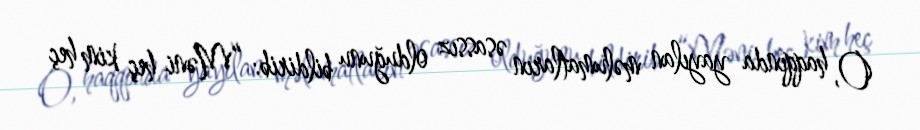
O, haqqında yayılan məlumatların əsassız olduğunu bildirib: “Məni heç kim heç